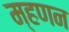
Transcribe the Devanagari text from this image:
म्हणन